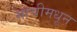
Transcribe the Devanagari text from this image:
माचीमधून